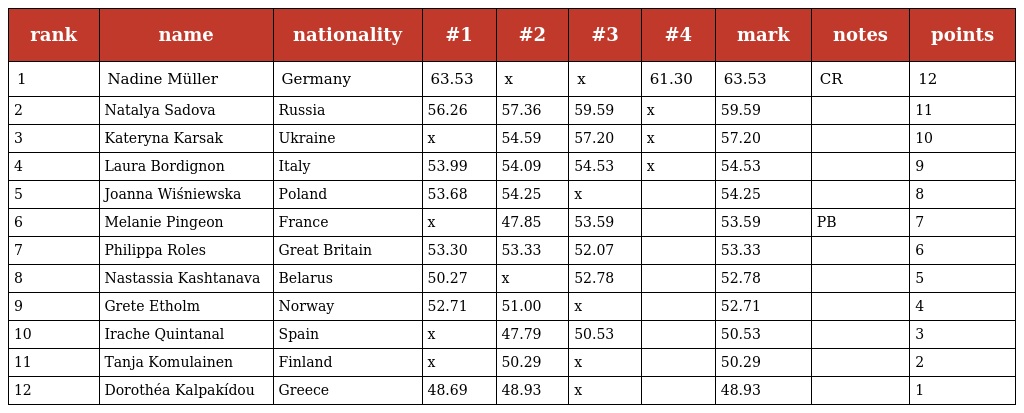
| rank | name | nationality | #1 | #2 | #3 | #4 | mark | notes | points |
 | --- | --- | --- | --- | --- | --- | --- | --- | --- | --- |
 | 1 | Nadine Müller | Germany | 63.53 | x | x | 61.30 | 63.53 | CR | 12 |
 | 2 | Natalya Sadova | Russia | 56.26 | 57.36 | 59.59 | x | 59.59 |  | 11 |
 | 3 | Kateryna Karsak | Ukraine | x | 54.59 | 57.20 | x | 57.20 |  | 10 |
 | 4 | Laura Bordignon | Italy | 53.99 | 54.09 | 54.53 | x | 54.53 |  | 9 |
 | 5 | Joanna Wiśniewska | Poland | 53.68 | 54.25 | x |  | 54.25 |  | 8 |
 | 6 | Melanie Pingeon | France | x | 47.85 | 53.59 |  | 53.59 | PB | 7 |
 | 7 | Philippa Roles | Great Britain | 53.30 | 53.33 | 52.07 |  | 53.33 |  | 6 |
 | 8 | Nastassia Kashtanava | Belarus | 50.27 | x | 52.78 |  | 52.78 |  | 5 |
 | 9 | Grete Etholm | Norway | 52.71 | 51.00 | x |  | 52.71 |  | 4 |
 | 10 | Irache Quintanal | Spain | x | 47.79 | 50.53 |  | 50.53 |  | 3 |
 | 11 | Tanja Komulainen | Finland | x | 50.29 | x |  | 50.29 |  | 2 |
 | 12 | Dorothéa Kalpakídou | Greece | 48.69 | 48.93 | x |  | 48.93 |  | 1 |